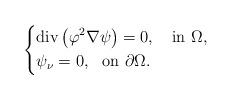
LaTeX: \begin{align*} \left\{\begin{aligned}&\mbox{div}\left(\varphi^2\nabla\psi\right)=0,\ \ \ \mbox{in}\ \Omega,\\&\psi_\nu=0,~~\mbox{on}~\partial\Omega. \end{aligned} \right.\end{align*}